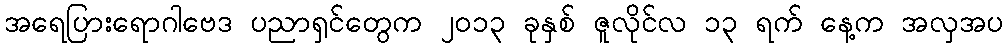
အရေပြားရောဂါဗေဒ ပညာရှင်တွေက ၂၀၁၃ ခုနှစ် ဇူလိုင်လ ၁၃ ရက် နေ့က အလှအပ